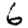
Digit: 6